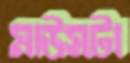
মাউসটা